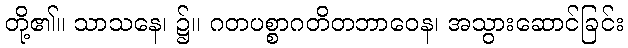
တို့၏။ သာသနေ၊ ၌။ ဂတပစ္စာဂတိတဘာဝေန၊ အသွားဆောင်ခြင်း